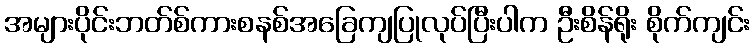
အများပိုင်းဘတ်စ်ကားစနစ်အခြေကျပြုလုပ်ပြီးပါက ဦးစိန်ရိုး စိုက်ကျင်း